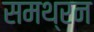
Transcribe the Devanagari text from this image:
समथ्रन